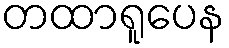
တထာရူပေန